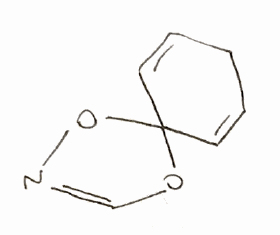
Simplified molecular-input line-entry system (SMILES) notation of the given molecule:
C1C=CC2(C=C1)OC=NO2